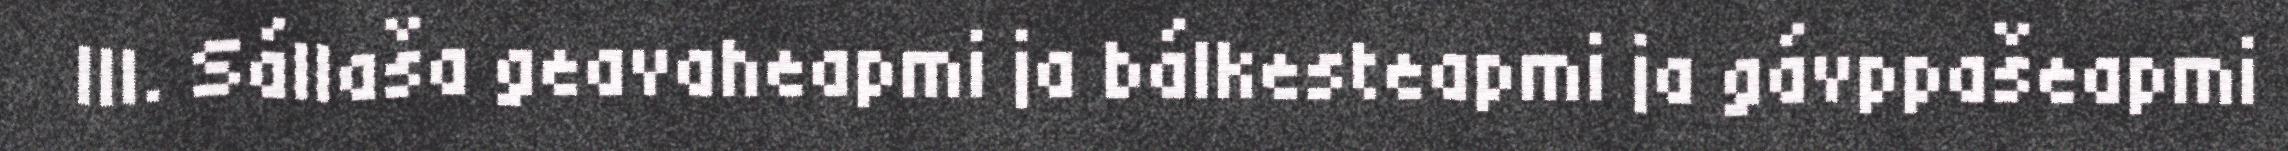
III. Sállaša geavaheapmi ja bálkesteapmi ja gávppašeapmi